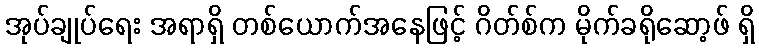
အုပ်ချုပ်ရေး အရာရှိ တစ်ယောက်အနေဖြင့် ဂိတ်စ်က မိုက်ခရိုဆော့ဖ် ရှိ